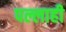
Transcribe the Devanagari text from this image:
पल्लाही